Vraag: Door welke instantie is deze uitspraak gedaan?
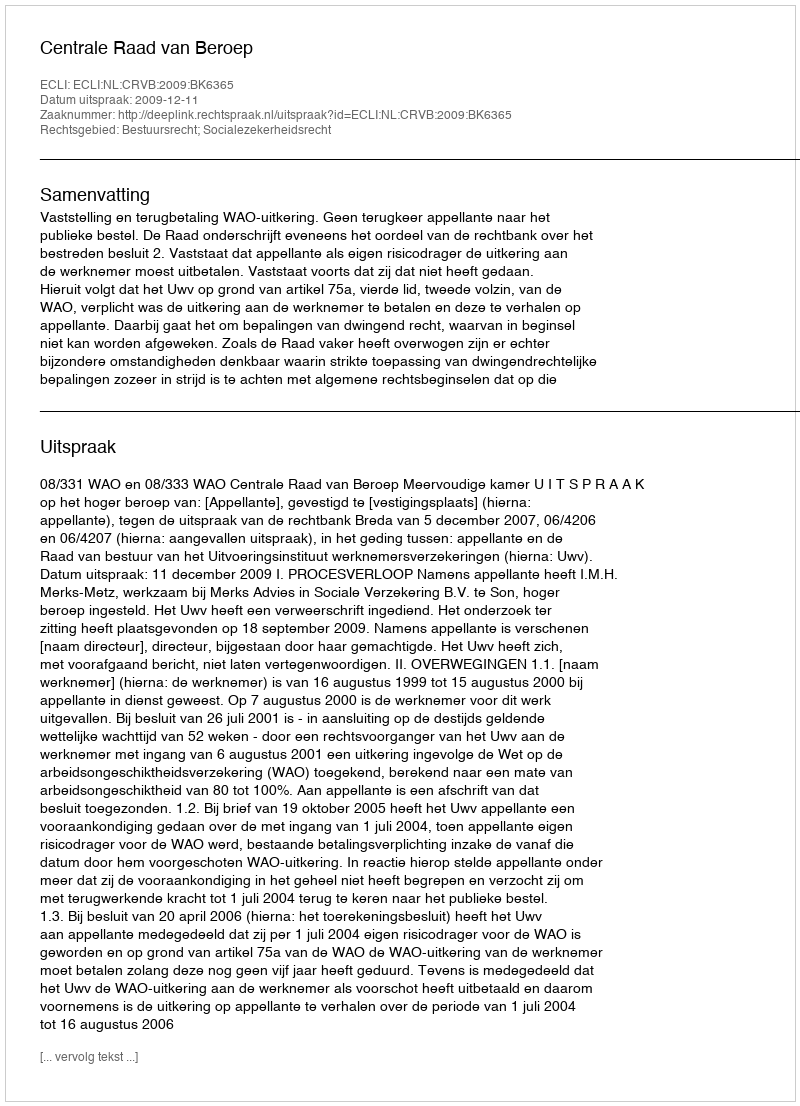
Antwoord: Centrale Raad van Beroep